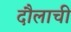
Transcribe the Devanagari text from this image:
दौलाची